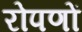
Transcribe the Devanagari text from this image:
रोपणों